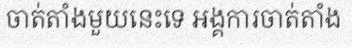
ចាត់តាំងមួយនេះទេ អង្គការចាត់តាំង